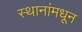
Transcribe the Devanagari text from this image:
स्थानांमधून